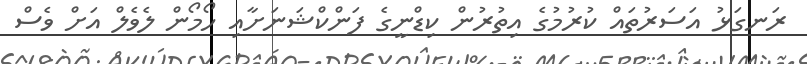
ރަނގަޅު އަސަރުތައް ކުރުމުގެ އިތުރުން ކިޑްނީގެ ފަންކްޝަނަށާއި ހޯމޯން ލެވެލް އަށް ވެސް